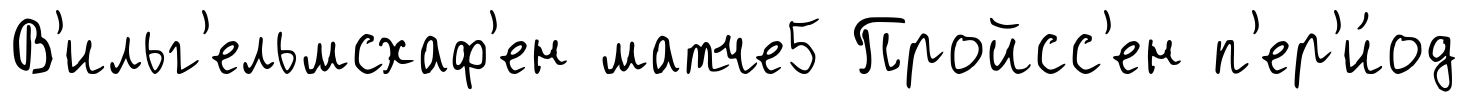
В'ильг'ельмсхаф'ен матче5 Пройсс'ен п'ер'и́од